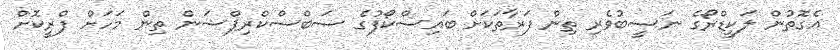
އެގޮތުން ލަކީޑްރޯގެ ނަސީބުވެރި ތިން ފަރާތަކަށް ބައިސްކޯފުގެ ސަބްސްކްރިޕްޝަން ތިން މަހަށް ފްރީކޮށް